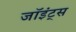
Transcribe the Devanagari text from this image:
जॉइंट्स